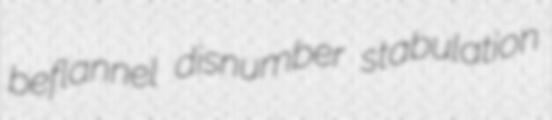
beflannel disnumber stabulation